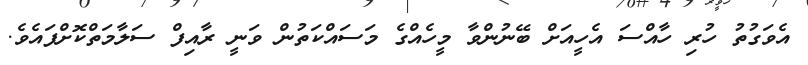
އެވަގުތު ހުރި ހާއްސަ އެހީއަށް ބޭނުންވާ މީހެއްގެ މަސައްކަތުން ވަނީ ރާއިފް ސަލާމަތްކޮށްފައެވެ.